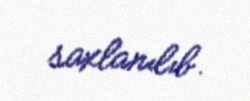
saxlanılıb.